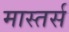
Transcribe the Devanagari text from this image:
मास्तर्स